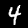
Digit: 4